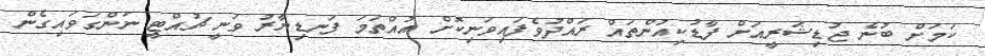
ކަމަށް ބުނެ ޖުޑިޝަރީއަށް ފާޑުކިއުންތައް ރައްދުވެފައިވަނިކޮށް އުއްތަމަ ފަނޑިޔާރު ވަނީ ޗުއްޓީ ނަންގަވައިގެން